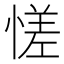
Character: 𫺳